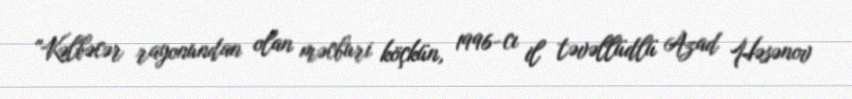
"Kəlbəcər rayonundan olan məcburi köçkün, 1996-cı il təvəllüdlü Azad Həsənov